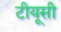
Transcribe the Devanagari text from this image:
टीयूसी